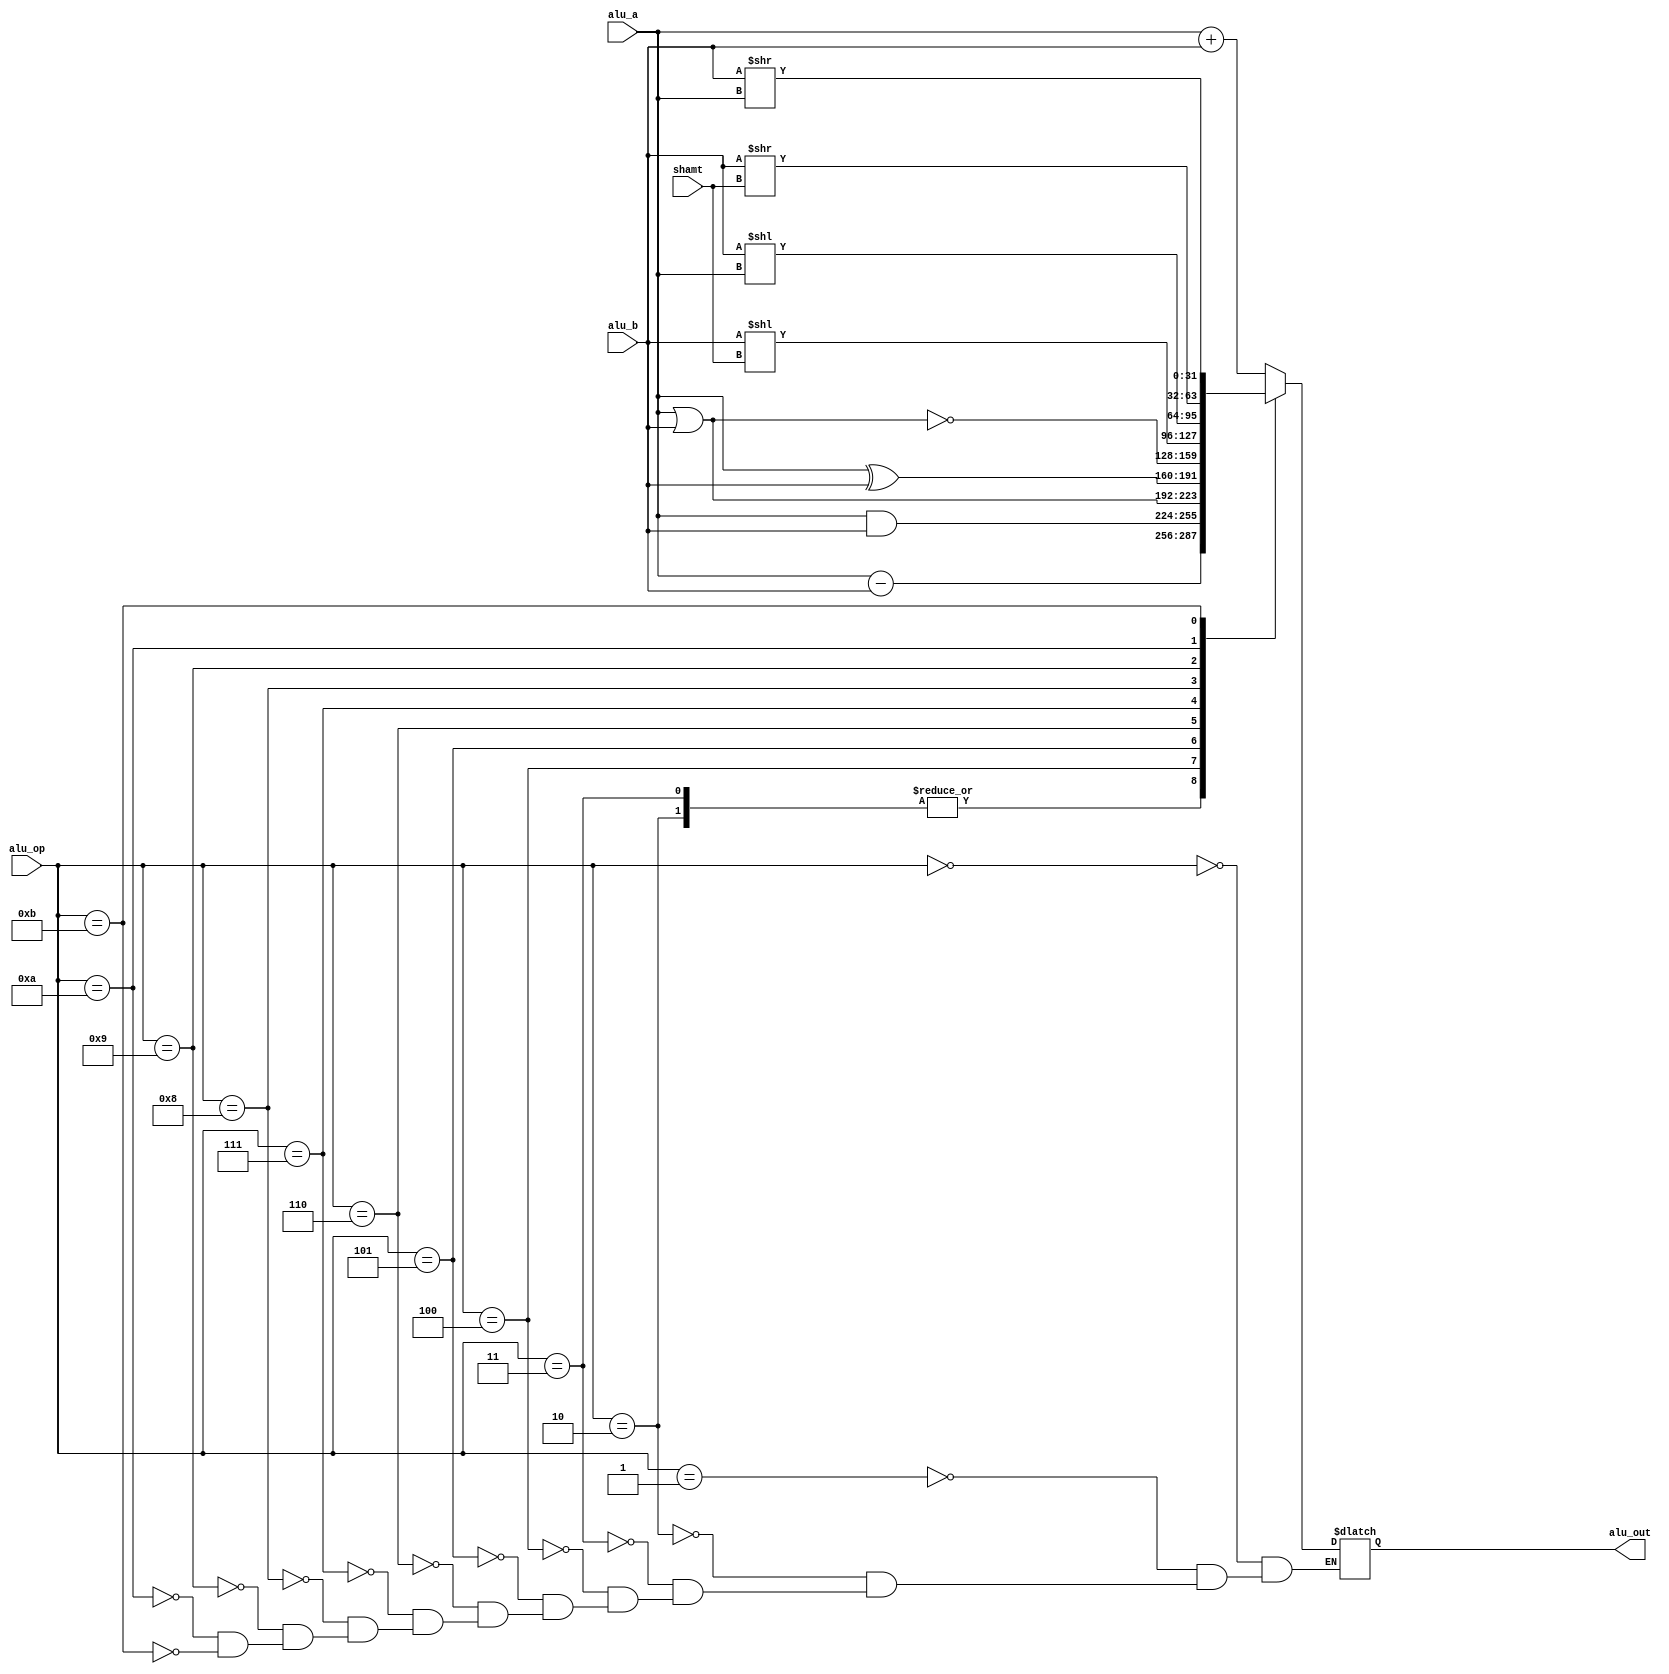
`timescale 1ns / 1ps
module ALU(
    input signed [31:0] alu_a,
	 input signed [31:0] alu_b,
	 input [4:0] shamt,
	 input 		  [3:0] 	alu_op,
	 output reg   [31:0] alu_out
);
parameter A_ADD  = 4'b000;
parameter A_ADDU = 4'b001;
parameter A_SUB  = 4'b010;
parameter A_SUBU  = 4'b011;
parameter A_AND  = 4'b100;
parameter A_OR   = 4'b101;
parameter A_XOR  = 4'b110;
parameter A_NOR  = 4'b111;
parameter A_SLL  = 4'b1000;
parameter A_SLLV = 4'b1001;
parameter A_SRL  = 4'b1010;
parameter A_SRLV = 4'b1011;

initial
alu_out = 0;

assign zero = alu_a > 0;

always@(*)
case(alu_op)
	A_ADD: 	alu_out = alu_a + alu_b;
	A_ADDU: 	alu_out = alu_a + alu_b;
	A_SUB: 	alu_out = alu_a - alu_b;
	A_SUBU: 	alu_out = alu_a - alu_b;
	A_AND:	alu_out = alu_a & alu_b;
	A_OR:		alu_out = alu_a | alu_b;
	A_XOR:	alu_out = alu_a ^ alu_b;
	A_NOR:   alu_out = ~(alu_a | alu_b);
	A_SLL: 	alu_out = alu_b << shamt;
	A_SLLV:  alu_out = alu_b << alu_a;
	A_SRL: 	alu_out = alu_b >> shamt;
	A_SRLV:	alu_out = alu_b >> alu_a;
endcase
	


endmodule